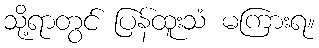
သို့ရာတွင် ပြန်ထူးသံ မကြားရ။